Vaccination in Bombay 1869-1873 - 1869-1873
Year: 1869
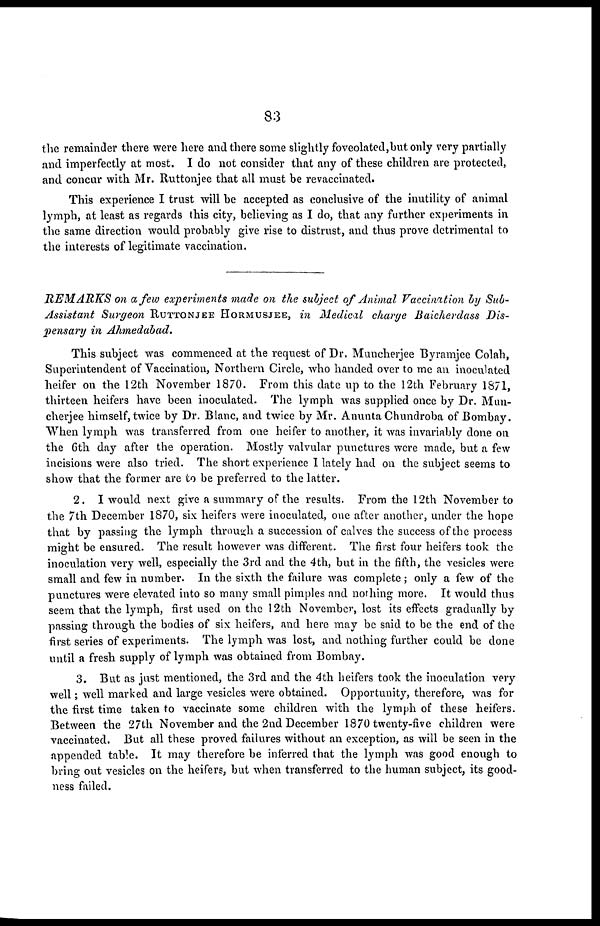
83
the remainder there were here and there some slightly foveolated,but only very partially
and imperfectly at most. I do not consider that any of these children are protected,
and concur with Mr. Ruttonjee that all must be revaccinated.
This experience I trust will be accepted as conclusive of the inutility of animal
lymph, at least as regards this city, believing as I do, that any further experiments in
the same direction would probably give rise to distrust, and thus prove detrimental to
the interests of legitimate vaccination.
REMARKS on a few experiments made on the subject of Animal Vaccination by Sub¬
Assistant Surgeon RUTTONJEE HORMUSJEE, in Medical charge Baicherdass Dis¬
pensary in Ahmedabad.
This subject was commenced at the request of Dr. Muncherjee Byramjee Colah,
Superintendent of Vaccination, Northern Circle, who handed over to me an inoculated
heifer on the 12th November 1870. From this date up to the 12th February 1871,
thirteen heifers have been inoculated. The lymph was supplied once by Dr. Mun-
cherjee himself, twice by Dr. Blanc, and twice by Mr. Anunta Chundroba of Bombay.
When lymph was transferred from one heifer to another, it was invariably done on
the 6th day after the operation. Mostly valvular punctures were made, but a few
incisions were also tried. The short experience I lately had on the subject seems to
show that the former are to be preferred to the latter.
2. I would next give a summary of the results. From the 12th November to
the 7th December 1870, six heifers were inoculated, one after another, under the hope
that by passing the lymph through a succession of calves the success of the process
might be ensured. The result however was different. The first four heifers took the
inoculation very well, especially the 3rd and the 4th, but in the fifth, the vesicles were
small and few in number. In the sixth the failure was complete ; only a few of the
punctures were elevated into so many small pimples and nothing more. It would thus
seem that the lymph, first used on the 12th November, lost its effects gradually by
passing through the bodies of six heifers, and here may be said to be the end of the
first series of experiments. The lymph was lost, and nothing further could be done
until a fresh supply of lymph was obtained from Bombay.
3. But as just mentioned, the 3rd and the 4th heifers took the inoculation very
well; well marked and large vesicles were obtained. Opportunity, therefore, was for
the first time taken to vaccinate some children with the lymph of these heifers.
Between the 27th November and the 2nd December 1870 twenty-five children were
vaccinated. But all these proved failures without an exception, as will be seen in the
appended table. It may therefore be inferred that the lymph was good enough to
bring out vesicles on the heifers, but when transferred to the human subject, its good-
ness failed.